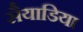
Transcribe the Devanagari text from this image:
सैयाडिया